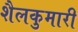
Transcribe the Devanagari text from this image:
शैलकुमारी